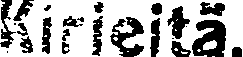
Kirjeitä.